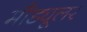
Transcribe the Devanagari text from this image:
मौड्यूलर